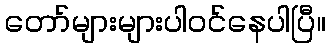
တော်များများပါဝင်နေပါပြီ။